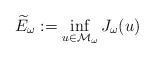
LaTeX: \begin{align*}\widetilde{E}_{\omega}:=\inf_{u\in\mathcal{M}_{\omega}}J_{\omega}(u)\end{align*}